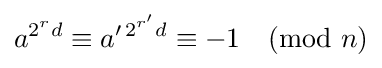
a^{2^{r}d}\equiv a^{\prime \,2^{r'}d}\equiv -1{\pmod {n}}